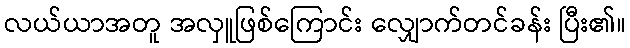
လယ်ယာအတူ အလှူဖြစ်ကြောင်း လျှောက်တင်ခန်း ပြီး၏။